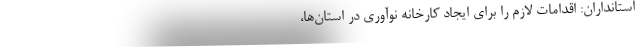
استانداران: اقدامات لازم را برای ایجاد کارخانه نوآوری در استان‌ها،